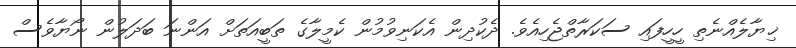
ޚިޔާލެއްނެތި ހީހީފައި ސަކަރާތްޖެހިއެވެ. ދެކުދިން އެކަނިވުމުން ކެމީލާގެ ތަބީއަތަށް އަންނަ ބަދަލުން ނޯޔާވެސް